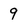
Character: 9